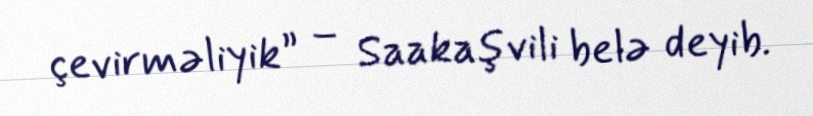
çevirməliyik” – Saakaşvili belə deyib.